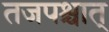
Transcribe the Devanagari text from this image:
तजपश्चात्